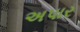
અપાર